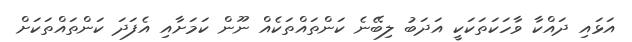
އަޅައި ދައްކާ ވާހަކަތަކަކީ އަދަބު ލިބޭނެ ކަންތައްތަކެއް ނޫން ކަމަށާއި އެފަދަ ކަންތައްތަކަށް